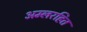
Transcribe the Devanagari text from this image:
अम्लरहित